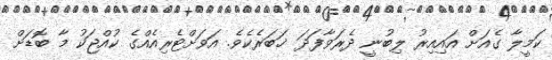
ކަމީލާ ގެއަށް އައިއިރު ލިބުނީ ދެރަވާފަދަ ޚަބަރެކެވެ. އަވަށްޓެރިއެއްގެ ކުއްޖަކު މާ ބޮޑަށް